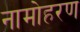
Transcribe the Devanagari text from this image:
नामोहरण